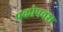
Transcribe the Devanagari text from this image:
प्रकोपवश